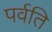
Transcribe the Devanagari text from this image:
पर्वति